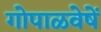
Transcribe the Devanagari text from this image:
गोपाळवेषें